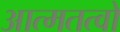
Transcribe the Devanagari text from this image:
आत्मतत्वों